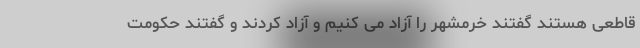
قاطعی هستند گفتند خرمشهر را آزاد می کنیم و آزاد کردند و گفتند حکومت